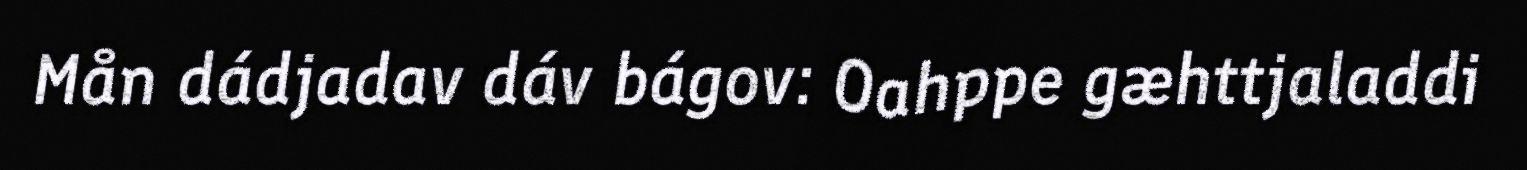
Mån dádjadav dáv bágov: Oahppe gæhttjaladdi